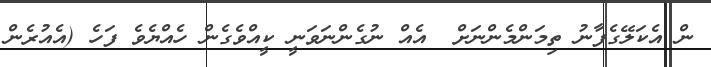
ން އެކަލޭގެފާނު ތިމަންމެންނަށް  އެއް ނުގެންނަވަނީ ކީއްވެގެން ހެއްޔެވެ ފަހެ (އެއުރެން